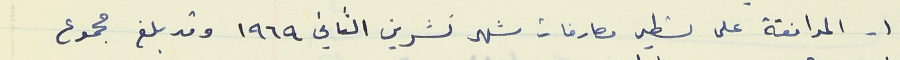
١ - الموافقة على تسطير مصارفات شهر تشرين الثاني ١٩٦٩ وقد بلغ مجموع